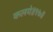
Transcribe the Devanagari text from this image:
कलये॥१७॥